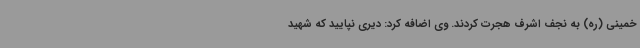
خمینی ‌(ره) به نجف اشرف هجرت کردند. وی اضافه کرد: دیری نپایید که شهید